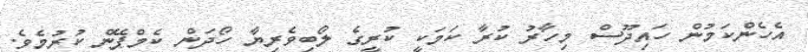
އެހެންކަމުން ހައިދޫސް މިހާރު ކުރާ ކަމަކީ ކުރީގެ ލޯބިވެރިޔާ ހޯދަން ކެމްޕޭން ކުރުމެވެ.